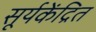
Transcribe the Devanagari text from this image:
सूर्यकेंद्रित